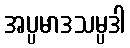
အပ္ပမာဒသမ္ပဒါ